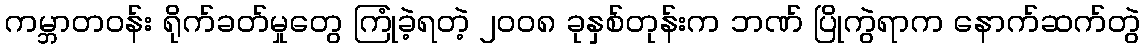
ကမ္ဘာတဝန်း ရိုက်ခတ်မှုတွေ ကြုံခဲ့ရတဲ့ ၂၀၀၈ ခုနှစ်တုန်းက ဘဏ် ပြိုကွဲရာက နောက်ဆက်တွဲ